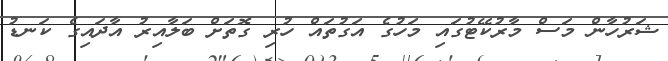
ޝަރުހާން މަސް މާރުކޭޓުގައި މަހުގެ އަގުތައް ހުރި ގޮތަށް ބަލާއިރު އާދައިގެ ކަނޑު